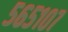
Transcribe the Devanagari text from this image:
५६५१०७